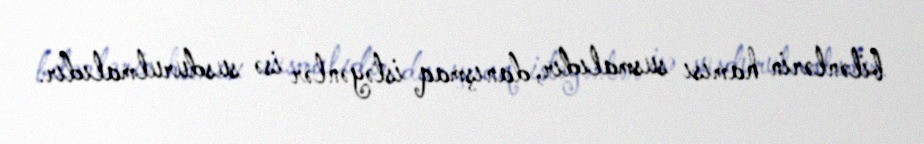
bilənlərin hamısı susmalıdır, danışmaq istəyənlər isə susdurulmalıdır.